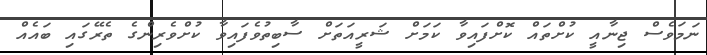
ނަމަވެސް ޖިނާއީ ކުށްތައް ކޮށްފައިވާ ކަމަށް ޝަރީއަތަށް ސާބިތުވެފައިވާ ކުށްވެރިންގެ ތެރޭގައި ބައެއް